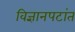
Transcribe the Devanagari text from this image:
विज्ञानपटांत